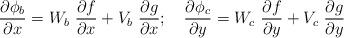
LaTeX: \begin{align*}\frac{\partial \phi_b}{\partial x}=W_b~\frac{\partial f}{\partial x}+V_b~\frac{\partial g}{\partial x};~~~\frac{\partial \phi_c}{\partial y}=W_c~\frac{\partial f}{\partial y}+V_c~\frac{\partial g}{\partial y}\end{align*}